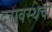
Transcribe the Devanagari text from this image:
दूरावस्थेची